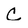
Character: C